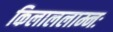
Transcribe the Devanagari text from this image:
किलाललाम्नः